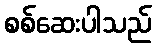
စစ်ဆေးပါသည်